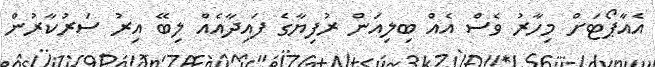
އެއާޕޯޓަށް މިހާރު ވެސް އެއް ބިލިއަން ރުފިޔާގެ ފައިދާއެއް ލިބޭ އިރު ސަރުކާރުން